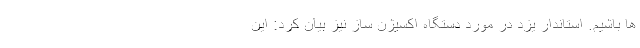
ها باشیم. استاندار یزد در مورد دستگاه اکسیژن ساز نیز بیان کرد: این